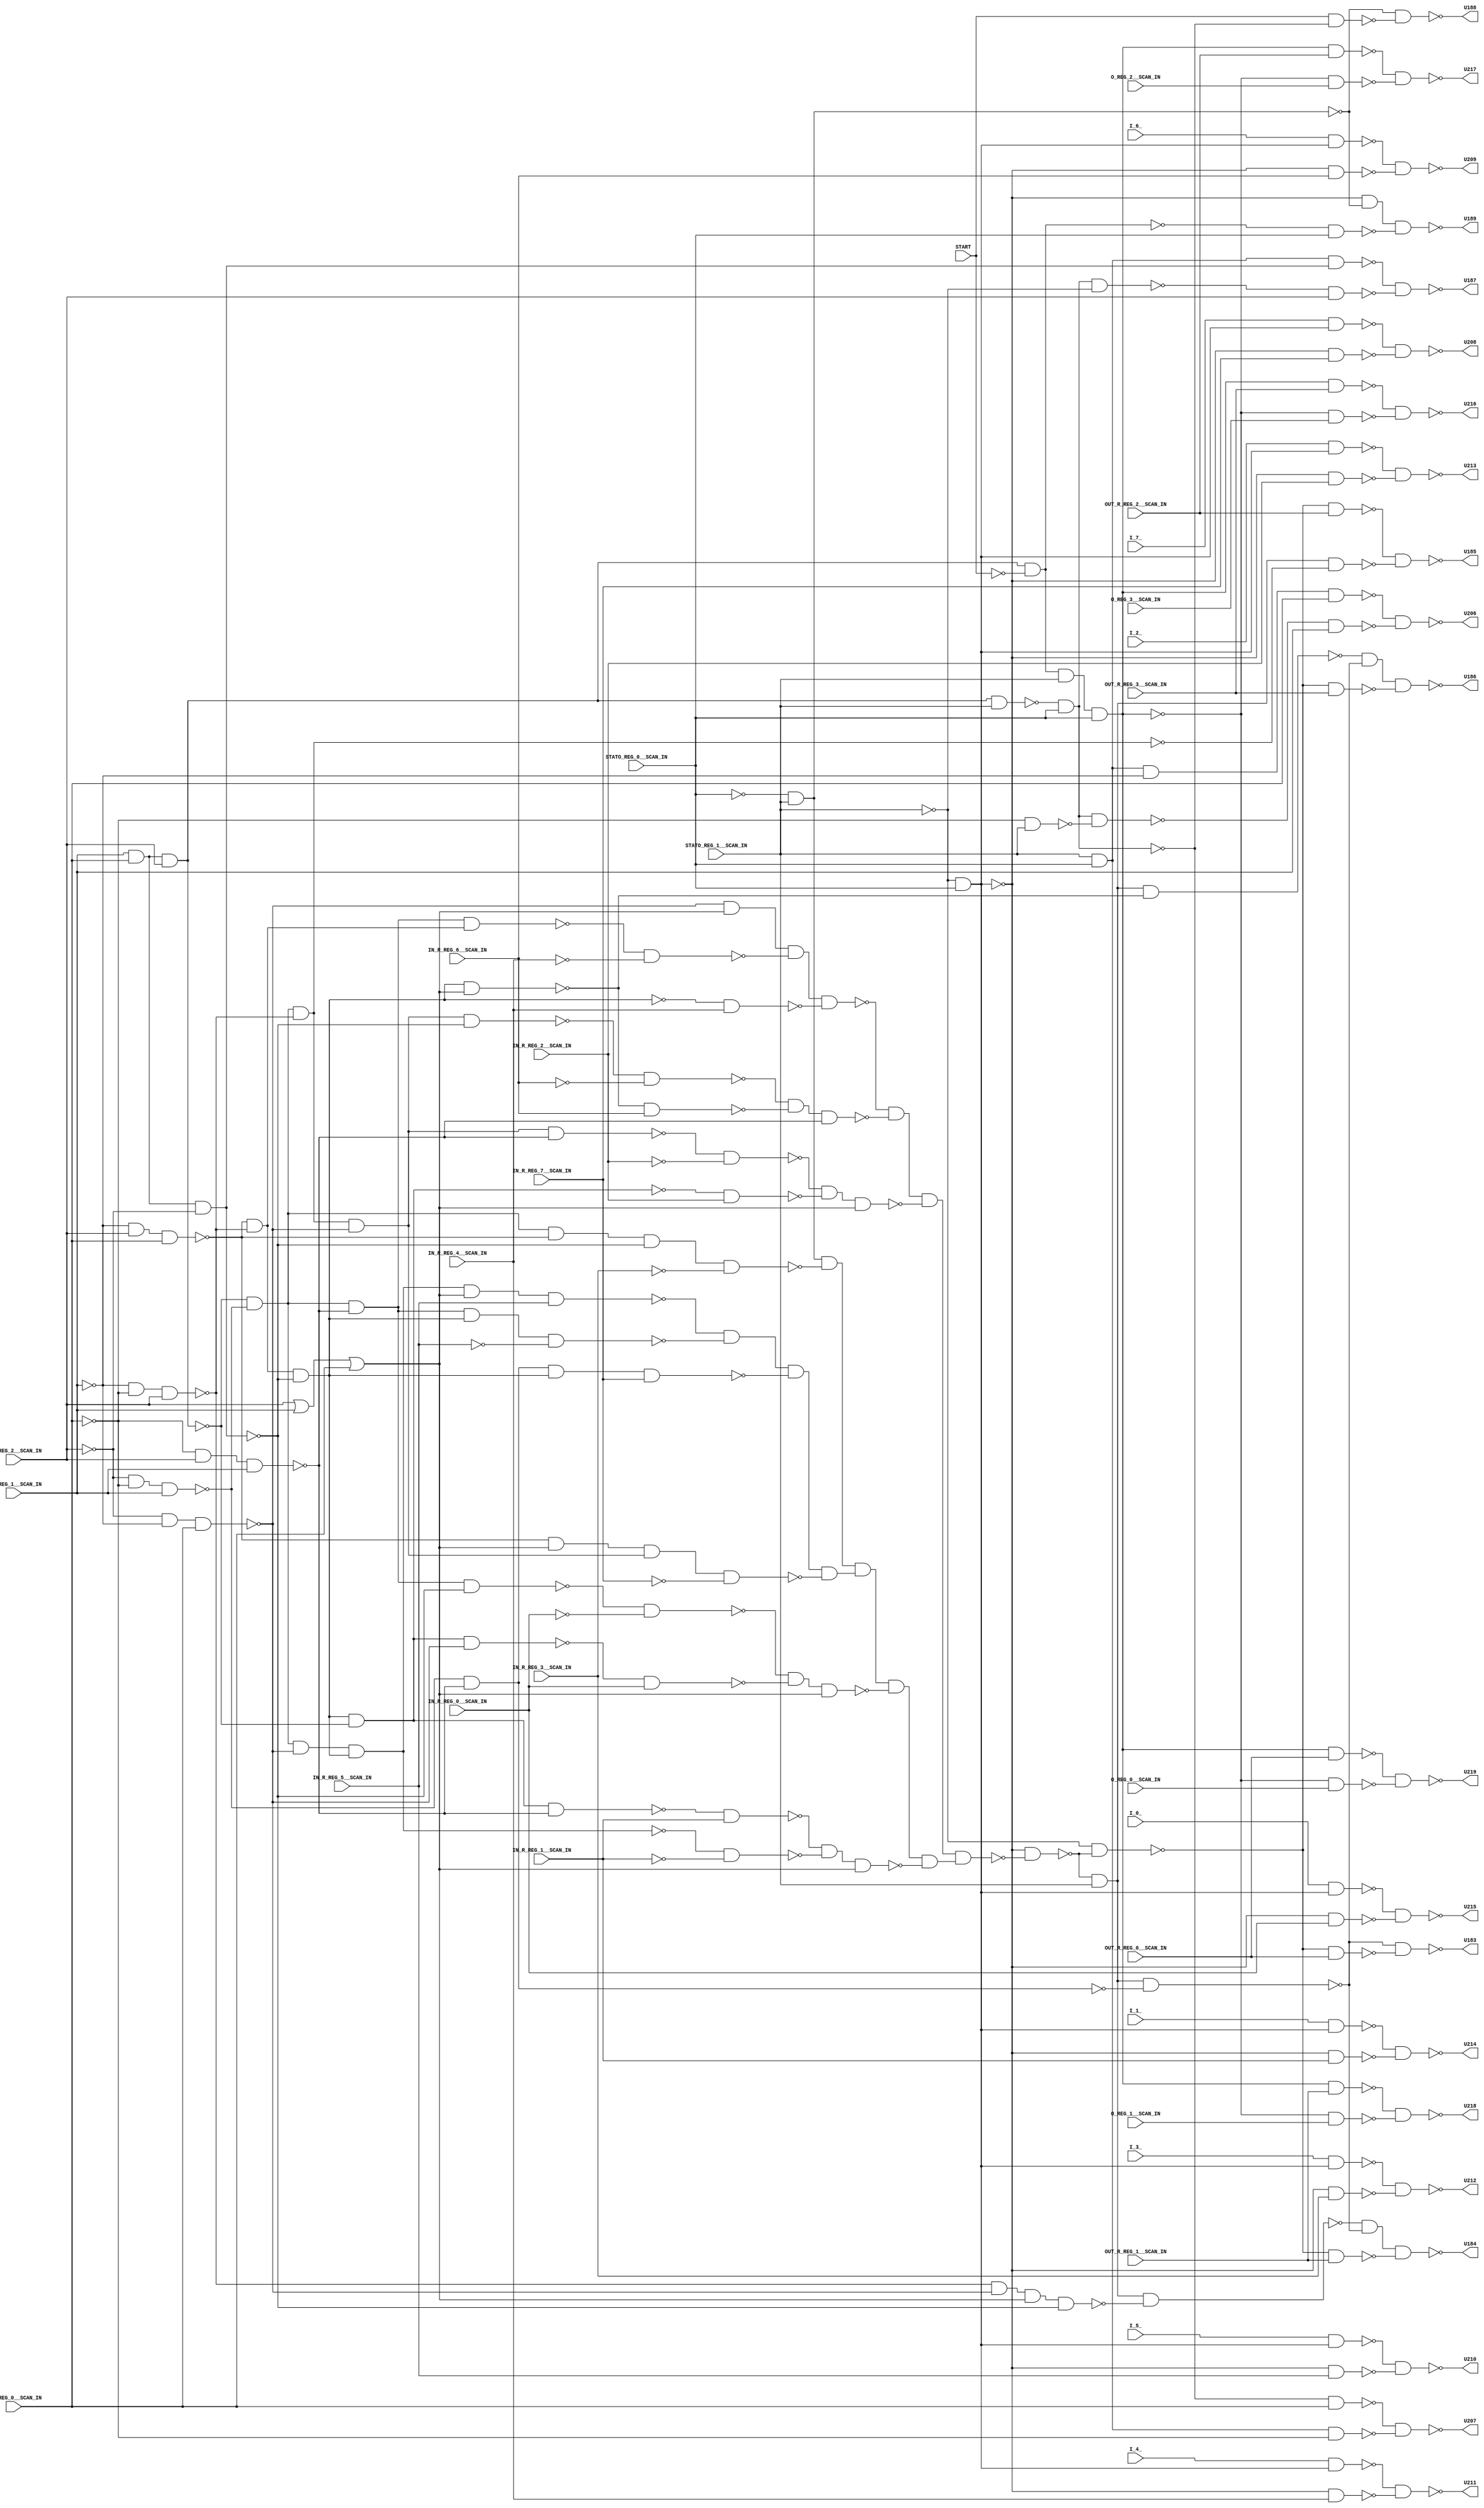
module b08_C( O_REG_0__SCAN_IN, START, I_7_, I_6_, I_5_, I_4_, I_3_, I_2_, I_1_, I_0_, STATO_REG_1__SCAN_IN, STATO_REG_0__SCAN_IN, MAR_REG_2__SCAN_IN, MAR_REG_1__SCAN_IN, MAR_REG_0__SCAN_IN, IN_R_REG_7__SCAN_IN, IN_R_REG_6__SCAN_IN, IN_R_REG_5__SCAN_IN, IN_R_REG_4__SCAN_IN, IN_R_REG_3__SCAN_IN, IN_R_REG_2__SCAN_IN, IN_R_REG_1__SCAN_IN, IN_R_REG_0__SCAN_IN, OUT_R_REG_3__SCAN_IN, OUT_R_REG_2__SCAN_IN, OUT_R_REG_1__SCAN_IN, OUT_R_REG_0__SCAN_IN, O_REG_3__SCAN_IN, O_REG_2__SCAN_IN, O_REG_1__SCAN_IN, U183, U184, U185, U186, U187, U188, U189, U206, U207, U208, U209, U210, U211, U212, U213, U214, U215, U216, U217, U218, U219); 
input O_REG_0__SCAN_IN, START, I_7_, I_6_, I_5_, I_4_, I_3_, I_2_, I_1_, I_0_, STATO_REG_1__SCAN_IN, STATO_REG_0__SCAN_IN, MAR_REG_2__SCAN_IN, MAR_REG_1__SCAN_IN, MAR_REG_0__SCAN_IN, IN_R_REG_7__SCAN_IN, IN_R_REG_6__SCAN_IN, IN_R_REG_5__SCAN_IN, IN_R_REG_4__SCAN_IN, IN_R_REG_3__SCAN_IN, IN_R_REG_2__SCAN_IN, IN_R_REG_1__SCAN_IN, IN_R_REG_0__SCAN_IN, OUT_R_REG_3__SCAN_IN, OUT_R_REG_2__SCAN_IN, OUT_R_REG_1__SCAN_IN, OUT_R_REG_0__SCAN_IN, O_REG_3__SCAN_IN, O_REG_2__SCAN_IN, O_REG_1__SCAN_IN; 
output U183, U184, U185, U186, U187, U188, U189, U206, U207, U208, U209, U210, U211, U212, U213, U214, U215, U216, U217, U218, U219; 
wire U176, U177, U178, U179, U180, U181, U182, U190, U191, U192, U193, U194, U195, U196, U197, U198, U199, U200, U201, U202, U203, U204, U205, U220, U221, U222, U223, U224, U225, U226, U227, U228, U229, U230, U231, U232, U233, U234, U235, U236, U237, U238, U239, U240, U241, U242, U243, U244, U245, U246, U247, U248, U249, U250, U251, U252, U253, U254, U255, U256, U257, U258, U259, U260, U261, U262, U263, U264, U265, U266, U267, U268, U269, U270, U271, U272, U273, U274, U275, U276, U277, U278, U279, U280, U281, U282, U283, U284, U285, U286, U287, U288, U289, U290, U291, U292, U293, U294, U295, U296, U297, U298, U299, U300, U301, U302, U303, U304, U305, U306, U307, U308, U309, U310, U311, U312, U313, U314, U315, U316, U317, U318, U319, U320, U321, U322, U323, U324; 
assign U177 = STATO_REG_1__SCAN_IN & STATO_REG_0__SCAN_IN; 
assign U178 = MAR_REG_1__SCAN_IN & MAR_REG_0__SCAN_IN; 
assign U190 = ~STATO_REG_1__SCAN_IN; 
assign U191 = ~STATO_REG_0__SCAN_IN; 
assign U192 = ~MAR_REG_1__SCAN_IN; 
assign U193 = ~MAR_REG_0__SCAN_IN; 
assign U194 = ~MAR_REG_2__SCAN_IN; 
assign U196 = ~START; 
assign U222 = ~IN_R_REG_7__SCAN_IN; 
assign U224 = ~IN_R_REG_6__SCAN_IN; 
assign U225 = ~IN_R_REG_5__SCAN_IN; 
assign U226 = ~IN_R_REG_4__SCAN_IN; 
assign U227 = ~IN_R_REG_3__SCAN_IN; 
assign U228 = ~IN_R_REG_2__SCAN_IN; 
assign U229 = ~IN_R_REG_1__SCAN_IN; 
assign U230 = ~IN_R_REG_0__SCAN_IN; 
assign U247 = MAR_REG_2__SCAN_IN | MAR_REG_1__SCAN_IN | MAR_REG_0__SCAN_IN; 
assign U195 = ~(U178 & MAR_REG_2__SCAN_IN); 
assign U198 = ~(U178 & U194); 
assign U204 = ~(U191 & STATO_REG_1__SCAN_IN); 
assign U223 = ~(U190 & STATO_REG_0__SCAN_IN); 
assign U245 = ~(U193 & STATO_REG_1__SCAN_IN); 
assign U248 = ~(U192 & MAR_REG_2__SCAN_IN & MAR_REG_0__SCAN_IN); 
assign U249 = ~(U194 & U192 & MAR_REG_0__SCAN_IN); 
assign U250 = ~(U192 & U193 & MAR_REG_2__SCAN_IN); 
assign U251 = ~(U194 & U193 & MAR_REG_1__SCAN_IN); 
assign U254 = ~(U193 & MAR_REG_2__SCAN_IN & MAR_REG_1__SCAN_IN); 
assign U284 = ~(U177 & U192 & MAR_REG_0__SCAN_IN); 
assign U285 = ~(U177 & U193); 
assign U179 = U195 & U251; 
assign U181 = U248 & U250; 
assign U202 = ~(U251 & U254); 
assign U233 = ~U204; 
assign U234 = ~U223; 
assign U235 = ~U195; 
assign U241 = ~U198; 
assign U278 = ~(U250 & U249 & U247 & U198); 
assign U287 = ~(U223 & IN_R_REG_7__SCAN_IN); 
assign U289 = ~(U223 & IN_R_REG_6__SCAN_IN); 
assign U291 = ~(U223 & IN_R_REG_5__SCAN_IN); 
assign U293 = ~(U223 & IN_R_REG_4__SCAN_IN); 
assign U295 = ~(U223 & IN_R_REG_3__SCAN_IN); 
assign U297 = ~(U223 & IN_R_REG_2__SCAN_IN); 
assign U299 = ~(U223 & IN_R_REG_1__SCAN_IN); 
assign U301 = ~(U223 & IN_R_REG_0__SCAN_IN); 
assign U182 = U179 & U254; 
assign U199 = ~(U179 & U250); 
assign U200 = ~(U181 & U198); 
assign U205 = ~(U235 & U196); 
assign U238 = ~(U235 & STATO_REG_1__SCAN_IN); 
assign U244 = ~(U177 & U241); 
assign U255 = ~U202; 
assign U270 = ~(U179 & U248 & U198 & U227); 
assign U288 = ~(I_7_ & U234); 
assign U290 = ~(I_6_ & U234); 
assign U292 = ~(I_5_ & U234); 
assign U294 = ~(I_4_ & U234); 
assign U296 = ~(I_3_ & U234); 
assign U298 = ~(I_2_ & U234); 
assign U300 = ~(I_1_ & U234); 
assign U302 = ~(I_0_ & U234); 
assign U197 = ~(U238 & STATO_REG_0__SCAN_IN); 
assign U208 = ~(U288 & U287); 
assign U209 = ~(U290 & U289); 
assign U210 = ~(U292 & U291); 
assign U211 = ~(U294 & U293); 
assign U212 = ~(U296 & U295); 
assign U213 = ~(U298 & U297); 
assign U214 = ~(U300 & U299); 
assign U215 = ~(U302 & U301); 
assign U236 = ~U205; 
assign U237 = ~(U205 & STATO_REG_0__SCAN_IN); 
assign U252 = ~U199; 
assign U253 = ~U200; 
assign U260 = ~(U182 & U181); 
assign U268 = ~(U182 & U198); 
assign U315 = ~(U200 & IN_R_REG_4__SCAN_IN); 
assign U180 = U252 & U249; 
assign U189 = ~(U223 & U204 & U237); 
assign U201 = ~(U253 & U195); 
assign U203 = ~(U179 & U249 & U253); 
assign U231 = ~(U236 & STATO_REG_1__SCAN_IN & STATO_REG_0__SCAN_IN); 
assign U239 = ~U197; 
assign U240 = ~(START & U197); 
assign U256 = ~(U253 & U247); 
assign U286 = ~(U197 & MAR_REG_0__SCAN_IN); 
assign U304 = ~(U255 & U253 & IN_R_REG_7__SCAN_IN); 
assign U305 = ~(U182 & U253 & U225); 
assign U310 = ~(U268 & U230); 
assign U316 = ~(U260 & U226); 
assign U188 = ~(U204 & U240); 
assign U207 = ~(U286 & U285); 
assign U242 = ~(U239 & U190); 
assign U246 = ~(U239 & U245); 
assign U257 = ~(U180 & U198); 
assign U259 = ~U203; 
assign U261 = ~(U249 & U247 & U316 & U315); 
assign U262 = ~U201; 
assign U263 = ~(U180 & U254); 
assign U282 = ~U231; 
assign U303 = ~(U248 & U247 & U180 & U222); 
assign U307 = ~(U203 & U229); 
assign U311 = ~(U201 & IN_R_REG_2__SCAN_IN); 
assign U313 = ~(U256 & IN_R_REG_6__SCAN_IN); 
assign U317 = ~(U231 & O_REG_3__SCAN_IN); 
assign U319 = ~(U231 & O_REG_2__SCAN_IN); 
assign U321 = ~(U231 & O_REG_1__SCAN_IN); 
assign U323 = ~(U231 & O_REG_0__SCAN_IN); 
assign U243 = ~(U242 & MAR_REG_2__SCAN_IN); 
assign U265 = ~(U262 & U254); 
assign U267 = ~(U262 & U249); 
assign U283 = ~(U246 & MAR_REG_1__SCAN_IN); 
assign U306 = ~(U259 & U247 & IN_R_REG_5__SCAN_IN); 
assign U312 = ~(U263 & U228); 
assign U314 = ~(U257 & U224); 
assign U318 = ~(U282 & OUT_R_REG_3__SCAN_IN); 
assign U320 = ~(U282 & OUT_R_REG_2__SCAN_IN); 
assign U322 = ~(U282 & OUT_R_REG_1__SCAN_IN); 
assign U324 = ~(U282 & OUT_R_REG_0__SCAN_IN); 
assign U187 = ~(U244 & U243); 
assign U206 = ~(U284 & U283); 
assign U216 = ~(U318 & U317); 
assign U217 = ~(U320 & U319); 
assign U218 = ~(U322 & U321); 
assign U219 = ~(U324 & U323); 
assign U221 = U306 & U305 & U304 & U303; 
assign U258 = ~(U314 & U313 & U254); 
assign U264 = ~(U312 & U311 & U247); 
assign U308 = ~(U265 & IN_R_REG_1__SCAN_IN); 
assign U309 = ~(U267 & IN_R_REG_0__SCAN_IN); 
assign U266 = ~(U308 & U307 & U247); 
assign U269 = ~(U310 & U309 & U247); 
assign U220 = U233 & U270 & U221 & U269 & U266; 
assign U271 = ~(U261 & U258 & U264 & U220); 
assign U272 = ~(U223 & U271); 
assign U176 = U272 & STATO_REG_1__SCAN_IN; 
assign U273 = ~(U190 & U272); 
assign U232 = ~(U176 & U202); 
assign U274 = ~(U176 & U256); 
assign U275 = ~(U273 & OUT_R_REG_3__SCAN_IN); 
assign U276 = ~(U176 & U199); 
assign U277 = ~(U273 & OUT_R_REG_2__SCAN_IN); 
assign U279 = ~(U176 & U278); 
assign U280 = ~(U273 & OUT_R_REG_1__SCAN_IN); 
assign U281 = ~(U273 & OUT_R_REG_0__SCAN_IN); 
assign U183 = ~(U232 & U281); 
assign U184 = ~(U279 & U232 & U280); 
assign U185 = ~(U277 & U276); 
assign U186 = ~(U274 & U232 & U275); 
endmodule